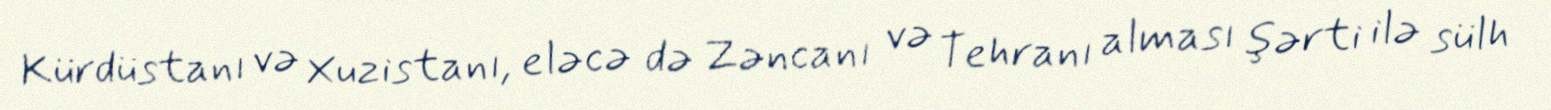
Kürdüstanı və Xuzistanı, eləcə də Zəncanı və Tehranı alması şərti ilə sülh